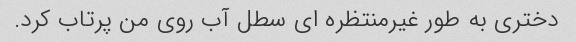
دختری به طور غیرمنتظره ای سطل آب روی من پرتاب کرد.